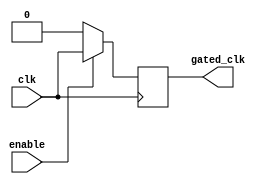
module clock_gating_buffer (
    input wire clk,       // Primary clock input
    input wire enable,    // Control signal to enable/disable clock
    output reg gated_clk  // Gated clock output
);

// Always block triggered on the rising edge of the clock
always @(posedge clk) begin
    if (enable) begin
        gated_clk <= clk; // Pass through the clock when enabled
    end else begin
        gated_clk <= 1'b0; // Gated off when not enabled
    end
end

endmodule